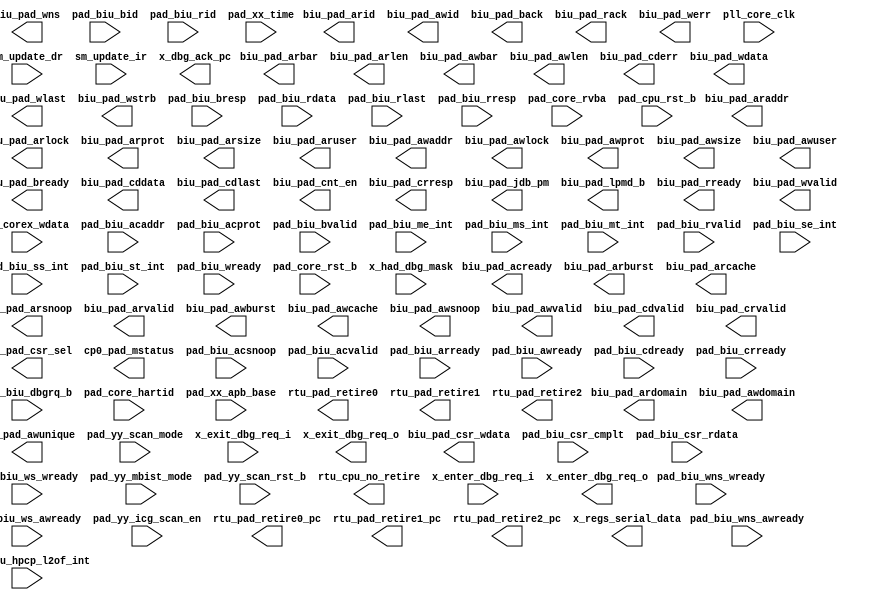
/*Copyright 2019-2021 T-Head Semiconductor Co., Ltd.

Licensed under the Apache License, Version 2.0 (the "License");
you may not use this file except in compliance with the License.
You may obtain a copy of the License at

    http://www.apache.org/licenses/LICENSE-2.0

Unless required by applicable law or agreed to in writing, software
distributed under the License is distributed on an "AS IS" BASIS,
WITHOUT WARRANTIES OR CONDITIONS OF ANY KIND, either express or implied.
See the License for the specific language governing permissions and
limitations under the License.
*/
module top_golden_port(
  biu_pad_acready,
  biu_pad_araddr,
  biu_pad_arbar,
  biu_pad_arburst,
  biu_pad_arcache,
  biu_pad_ardomain,
  biu_pad_arid,
  biu_pad_arlen,
  biu_pad_arlock,
  biu_pad_arprot,
  biu_pad_arsize,
  biu_pad_arsnoop,
  biu_pad_aruser,
  biu_pad_arvalid,
  biu_pad_awaddr,
  biu_pad_awbar,
  biu_pad_awburst,
  biu_pad_awcache,
  biu_pad_awdomain,
  biu_pad_awid,
  biu_pad_awlen,
  biu_pad_awlock,
  biu_pad_awprot,
  biu_pad_awsize,
  biu_pad_awsnoop,
  biu_pad_awunique,
  biu_pad_awuser,
  biu_pad_awvalid,
  biu_pad_back,
  biu_pad_bready,
  biu_pad_cddata,
  biu_pad_cderr,
  biu_pad_cdlast,
  biu_pad_cdvalid,
  biu_pad_cnt_en,
  biu_pad_crresp,
  biu_pad_crvalid,
  biu_pad_csr_sel,
  biu_pad_csr_wdata,
  biu_pad_jdb_pm,
  biu_pad_lpmd_b,
  biu_pad_rack,
  biu_pad_rready,
  biu_pad_wdata,
  biu_pad_werr,
  biu_pad_wlast,
  biu_pad_wns,
  biu_pad_wstrb,
  biu_pad_wvalid,
  cp0_pad_mstatus,
  ir_corex_wdata,
  pad_biu_acaddr,
  pad_biu_acprot,
  pad_biu_acsnoop,
  pad_biu_acvalid,
  pad_biu_arready,
  pad_biu_awready,
  pad_biu_bid,
  pad_biu_bresp,
  pad_biu_bvalid,
  pad_biu_cdready,
  pad_biu_crready,
  pad_biu_csr_cmplt,
  pad_biu_csr_rdata,
  pad_biu_dbgrq_b,
  pad_biu_hpcp_l2of_int,
  pad_biu_me_int,
  pad_biu_ms_int,
  pad_biu_mt_int,
  pad_biu_rdata,
  pad_biu_rid,
  pad_biu_rlast,
  pad_biu_rresp,
  pad_biu_rvalid,
  pad_biu_se_int,
  pad_biu_ss_int,
  pad_biu_st_int,
  pad_biu_wns_awready,
  pad_biu_wns_wready,
  pad_biu_wready,
  pad_biu_ws_awready,
  pad_biu_ws_wready,
  pad_core_hartid,
  pad_core_rst_b,
  pad_core_rvba,
  pad_cpu_rst_b,
  pad_xx_apb_base,
  pad_xx_time,
  pad_yy_icg_scan_en,
  pad_yy_mbist_mode,
  pad_yy_scan_mode,
  pad_yy_scan_rst_b,
  pll_core_clk,
  rtu_cpu_no_retire,
  rtu_pad_retire0,
  rtu_pad_retire0_pc,
  rtu_pad_retire1,
  rtu_pad_retire1_pc,
  rtu_pad_retire2,
  rtu_pad_retire2_pc,
  sm_update_dr,
  sm_update_ir,
  x_dbg_ack_pc,
  x_enter_dbg_req_i,
  x_enter_dbg_req_o,
  x_exit_dbg_req_i,
  x_exit_dbg_req_o,
  x_had_dbg_mask,
  x_regs_serial_data
);

// &Ports; @3
input   [63 :0]  ir_corex_wdata; 
input   [39 :0]  pad_biu_acaddr; 
input   [2  :0]  pad_biu_acprot; 
input   [3  :0]  pad_biu_acsnoop; 
input            pad_biu_acvalid; 
input            pad_biu_arready; 
input            pad_biu_awready; 
input   [4  :0]  pad_biu_bid; 
input   [1  :0]  pad_biu_bresp; 
input            pad_biu_bvalid; 
input            pad_biu_cdready; 
input            pad_biu_crready; 
input            pad_biu_csr_cmplt; 
input   [127:0]  pad_biu_csr_rdata; 
input            pad_biu_dbgrq_b; 
input   [3  :0]  pad_biu_hpcp_l2of_int; 
input            pad_biu_me_int; 
input            pad_biu_ms_int; 
input            pad_biu_mt_int; 
input   [127:0]  pad_biu_rdata; 
input   [4  :0]  pad_biu_rid; 
input            pad_biu_rlast; 
input   [3  :0]  pad_biu_rresp; 
input            pad_biu_rvalid; 
input            pad_biu_se_int; 
input            pad_biu_ss_int; 
input            pad_biu_st_int; 
input            pad_biu_wns_awready; 
input            pad_biu_wns_wready; 
input            pad_biu_wready; 
input            pad_biu_ws_awready; 
input            pad_biu_ws_wready; 
input   [2  :0]  pad_core_hartid; 
input            pad_core_rst_b; 
input   [39 :0]  pad_core_rvba; 
input            pad_cpu_rst_b; 
input   [39 :0]  pad_xx_apb_base; 
input   [63 :0]  pad_xx_time; 
input            pad_yy_icg_scan_en; 
input            pad_yy_mbist_mode; 
input            pad_yy_scan_mode; 
input            pad_yy_scan_rst_b; 
input            pll_core_clk; 
input            sm_update_dr; 
input            sm_update_ir; 
input            x_enter_dbg_req_i; 
input            x_exit_dbg_req_i; 
input            x_had_dbg_mask; 
output           biu_pad_acready; 
output  [39 :0]  biu_pad_araddr; 
output  [1  :0]  biu_pad_arbar; 
output  [1  :0]  biu_pad_arburst; 
output  [3  :0]  biu_pad_arcache; 
output  [1  :0]  biu_pad_ardomain; 
output  [4  :0]  biu_pad_arid; 
output  [1  :0]  biu_pad_arlen; 
output           biu_pad_arlock; 
output  [2  :0]  biu_pad_arprot; 
output  [2  :0]  biu_pad_arsize; 
output  [3  :0]  biu_pad_arsnoop; 
output  [2  :0]  biu_pad_aruser; 
output           biu_pad_arvalid; 
output  [39 :0]  biu_pad_awaddr; 
output  [1  :0]  biu_pad_awbar; 
output  [1  :0]  biu_pad_awburst; 
output  [3  :0]  biu_pad_awcache; 
output  [1  :0]  biu_pad_awdomain; 
output  [4  :0]  biu_pad_awid; 
output  [1  :0]  biu_pad_awlen; 
output           biu_pad_awlock; 
output  [2  :0]  biu_pad_awprot; 
output  [2  :0]  biu_pad_awsize; 
output  [2  :0]  biu_pad_awsnoop; 
output           biu_pad_awunique; 
output           biu_pad_awuser; 
output           biu_pad_awvalid; 
output           biu_pad_back; 
output           biu_pad_bready; 
output  [127:0]  biu_pad_cddata; 
output           biu_pad_cderr; 
output           biu_pad_cdlast; 
output           biu_pad_cdvalid; 
output  [3  :0]  biu_pad_cnt_en; 
output  [4  :0]  biu_pad_crresp; 
output           biu_pad_crvalid; 
output           biu_pad_csr_sel; 
output  [79 :0]  biu_pad_csr_wdata; 
output           biu_pad_jdb_pm; 
output           biu_pad_lpmd_b; 
output           biu_pad_rack; 
output           biu_pad_rready; 
output  [127:0]  biu_pad_wdata; 
output           biu_pad_werr; 
output           biu_pad_wlast; 
output           biu_pad_wns; 
output  [15 :0]  biu_pad_wstrb; 
output           biu_pad_wvalid; 
output  [63 :0]  cp0_pad_mstatus; 
output           rtu_cpu_no_retire; 
output           rtu_pad_retire0; 
output  [39 :0]  rtu_pad_retire0_pc; 
output           rtu_pad_retire1; 
output  [39 :0]  rtu_pad_retire1_pc; 
output           rtu_pad_retire2; 
output  [39 :0]  rtu_pad_retire2_pc; 
output           x_dbg_ack_pc; 
output           x_enter_dbg_req_o; 
output           x_exit_dbg_req_o; 
output  [63 :0]  x_regs_serial_data; 


parameter AXWIDTH = 71;
parameter WWIDTH  = 147;
parameter CRWIDTH = 5;
parameter CDWIDTH = 130;
parameter RWIDTH  = 138;
parameter ACWIDTH = 47;
parameter BWIDTH  = 7;

// &Force("output", "sync_biu_pad_arvalid");  @14
// &Force("output", "sync_biu_pad_awvalid"); @15
// &Force("output", "sync_biu_pad_wvalid"); @16
// &Force("output", "sync_biu_pad_crvalid"); @17
// &Force("output", "sync_biu_pad_cdvalid");  @18
// &Force("output", "sync_biu_pad_rack");  @19
// &Force("output", "sync_biu_pad_back");  @20
// &Force("output", "sync_biu_pad_arbus");    &Force("bus", "sync_biu_pad_arbus", AXWIDTH,0);  @22
// &Force("output", "sync_biu_pad_arbus");    &Force("bus", "sync_biu_pad_arbus", AXWIDTH-1,0);  @24
// &Force("output", "sync_biu_pad_awbus");    &Force("bus", "sync_biu_pad_awbus", AXWIDTH-1,0); @26
// &Force("output", "sync_biu_pad_wbus");     &Force("bus", "sync_biu_pad_wbus",  WWIDTH-1,0); @27
// &Force("output", "sync_biu_pad_crbus");    &Force("bus", "sync_biu_pad_crbus", CRWIDTH-1,0); @28
// &Force("output", "sync_biu_pad_cdbus");    &Force("bus", "sync_biu_pad_cdbus", CDWIDTH-1,0); @29
// &Force("input", "sync_pad_biu_rvalid"); @31
// &Force("input", "sync_pad_biu_bvalid"); @32
// &Force("input", "sync_pad_biu_acvalid"); @33
// &Force("input", "sync_pad_biu_rbus");       &Force("bus", "sync_pad_biu_rbus",  RWIDTH-1,0);  @34
// &Force("input", "sync_pad_biu_acbus");      &Force("bus", "sync_pad_biu_acbus", ACWIDTH-1,0); @35
// &Force("input", "sync_pad_biu_bbus");       &Force("bus", "sync_pad_biu_bbus",  BWIDTH-1,0); @36
// &Force("input", "sync_pad_biu_cdready");  @38
// &Force("input", "sync_pad_biu_crready"); @39
// &Force("input", "sync_pad_biu_arready"); @40
// &Force("input", "sync_pad_biu_awready"); @41
// &Force("input", "sync_pad_biu_wready"); @42
// &Force("input",  "sync_pad_biu_wns_awready"); @43
// &Force("input",  "sync_pad_biu_wns_wready"); @44
// &Force("input",  "sync_pad_biu_ws_awready"); @45
// &Force("input",  "sync_pad_biu_ws_wready"); @46
// &Force("output", "sync_biu_pad_acready");  @47
// &Force("output", "sync_biu_pad_rready");  @48
// &Force("output", "sync_biu_pad_bready");  @49
// &Force("input",  "async_pad_biu_ar_rptr_gray");  &Force("bus", "async_pad_biu_ar_rptr_gray", 2,0); @51
// &Force("output", "async_biu_pad_ar_wptr_gray");  &Force("bus", "async_biu_pad_ar_wptr_gray",2,0); @52
// &Force("output", "async_biu_pad_arbus_0");       &Force("bus", "async_biu_pad_arbus_0", AXWIDTH,0);  @54
// &Force("output", "async_biu_pad_arbus_1");       &Force("bus", "async_biu_pad_arbus_1", AXWIDTH,0); @55
// &Force("output", "async_biu_pad_arbus_2");       &Force("bus", "async_biu_pad_arbus_2", AXWIDTH,0); @56
// &Force("output", "async_biu_pad_arbus_3");       &Force("bus", "async_biu_pad_arbus_3", AXWIDTH,0); @57
// &Force("output", "async_biu_pad_arbus_0");       &Force("bus", "async_biu_pad_arbus_0", AXWIDTH-1,0);  @59
// &Force("output", "async_biu_pad_arbus_1");       &Force("bus", "async_biu_pad_arbus_1", AXWIDTH-1,0); @60
// &Force("output", "async_biu_pad_arbus_2");       &Force("bus", "async_biu_pad_arbus_2", AXWIDTH-1,0); @61
// &Force("output", "async_biu_pad_arbus_3");       &Force("bus", "async_biu_pad_arbus_3", AXWIDTH-1,0); @62
// &Force("input",  "async_pad_biu_rbus_0");        &Force("bus", "async_pad_biu_rbus_0", RWIDTH-1,0); @64
// &Force("input",  "async_pad_biu_rbus_1");        &Force("bus", "async_pad_biu_rbus_1", RWIDTH-1,0); @65
// &Force("input",  "async_pad_biu_rbus_2");        &Force("bus", "async_pad_biu_rbus_2", RWIDTH-1,0); @66
// &Force("input",  "async_pad_biu_rbus_3");        &Force("bus", "async_pad_biu_rbus_3", RWIDTH-1,0);  @67
// &Force("input",  "async_pad_biu_r_wptr_gray");   &Force("bus", "async_pad_biu_r_wptr_gray", 2,0);   @68
// &Force("output", "async_biu_pad_r_rptr_gray");   &Force("bus", "async_biu_pad_r_rptr_gray", 2,0); @69
// &Force("input",  "async_pad_biu_wns_aw_rptr_gray");  @71
// &Force("output", "async_biu_pad_wns_aw_wptr_gray");  @72
// &Force("output", "async_biu_pad_wns_awbus_0");      &Force("bus", "async_biu_pad_wns_awbus_0",AXWIDTH-1,0); @73
// &Force("input",  "async_pad_biu_ws_aw_rptr_gray");   @75
// &Force("output", "async_biu_pad_ws_aw_wptr_gray");   @76
// &Force("output", "async_biu_pad_ws_awbus_0");       &Force("bus", "async_biu_pad_ws_awbus_0",AXWIDTH-1,0);  @77
// &Force("input",  "async_pad_biu_wns_w_rptr_gray");  &Force("bus", "async_pad_biu_wns_w_rptr_gray", 2,0);  @79
// &Force("output", "async_biu_pad_wns_w_wptr_gray");  &Force("bus", "async_biu_pad_wns_w_wptr_gray", 2,0);  @80
// &Force("output", "async_biu_pad_wns_wbus_0");       &Force("bus", "async_biu_pad_wns_wbus_0",WWIDTH-1,0); @81
// &Force("output", "async_biu_pad_wns_wbus_1");       &Force("bus", "async_biu_pad_wns_wbus_1",WWIDTH-1,0); @82
// &Force("output", "async_biu_pad_wns_wbus_2");       &Force("bus", "async_biu_pad_wns_wbus_2",WWIDTH-1,0); @83
// &Force("output", "async_biu_pad_wns_wbus_3");       &Force("bus", "async_biu_pad_wns_wbus_3",WWIDTH-1,0); @84
// &Force("input",  "async_pad_biu_ws_w_rptr_gray");  &Force("bus", "async_pad_biu_ws_w_rptr_gray", 2,0);  @86
// &Force("output", "async_biu_pad_ws_w_wptr_gray");  &Force("bus", "async_biu_pad_ws_w_wptr_gray", 2,0);  @87
// &Force("output", "async_biu_pad_ws_wbus_0");       &Force("bus", "async_biu_pad_ws_wbus_0",WWIDTH-1,0); @88
// &Force("output", "async_biu_pad_ws_wbus_1");       &Force("bus", "async_biu_pad_ws_wbus_1",WWIDTH-1,0); @89
// &Force("output", "async_biu_pad_ws_wbus_2");       &Force("bus", "async_biu_pad_ws_wbus_2",WWIDTH-1,0); @90
// &Force("output", "async_biu_pad_ws_wbus_3");       &Force("bus", "async_biu_pad_ws_wbus_3",WWIDTH-1,0); @91
// &Force("output","async_biu_pad_b_rptr_gray");      &Force("bus", "async_biu_pad_b_rptr_gray",2,0); @93
// &Force("input", "async_pad_biu_b_wptr_gray");      &Force("bus", "async_pad_biu_b_wptr_gray",2,0)       @94
// &Force("input", "async_pad_biu_bbus_0");           &Force("bus", "async_pad_biu_bbus_0",BWIDTH-1,0);   @95
// &Force("input", "async_pad_biu_bbus_1");           &Force("bus", "async_pad_biu_bbus_1",BWIDTH-1,0);  @96
// &Force("input", "async_pad_biu_bbus_2");           &Force("bus", "async_pad_biu_bbus_2",BWIDTH-1,0);  @97
// &Force("input", "async_pad_biu_bbus_3");           &Force("bus", "async_pad_biu_bbus_3",BWIDTH-1,0);  @98
// &Force("output","async_biu_pad_ac_rptr_gray");     &Force("bus", "async_biu_pad_ac_rptr_gray",2,0); @100
// &Force("input", "async_pad_biu_ac_wptr_gray");     &Force("bus", "async_pad_biu_ac_wptr_gray",2,0)       @101
// &Force("input", "async_pad_biu_acbus_0");          &Force("bus", "async_pad_biu_acbus_0",ACWIDTH-1,0);   @102
// &Force("input", "async_pad_biu_acbus_1");          &Force("bus", "async_pad_biu_acbus_1",ACWIDTH-1,0);  @103
// &Force("input", "async_pad_biu_acbus_2");          &Force("bus", "async_pad_biu_acbus_2",ACWIDTH-1,0);  @104
// &Force("input", "async_pad_biu_acbus_3");          &Force("bus", "async_pad_biu_acbus_3",ACWIDTH-1,0);  @105
// &Force("input",  "async_pad_biu_cr_rptr_gray");  &Force("bus", "async_pad_biu_cr_rptr_gray",2,0); @108
// &Force("output", "async_biu_pad_cr_wptr_gray");  &Force("bus", "async_biu_pad_cr_wptr_gray",2,0); @109
// &Force("output", "async_biu_pad_crbus_0");       &Force("bus", "async_biu_pad_crbus_0", CRWIDTH-1,0);  @110
// &Force("output", "async_biu_pad_crbus_1");       &Force("bus", "async_biu_pad_crbus_1", CRWIDTH-1,0); @111
// &Force("output", "async_biu_pad_crbus_2");       &Force("bus", "async_biu_pad_crbus_2", CRWIDTH-1,0); @112
// &Force("output", "async_biu_pad_crbus_3");       &Force("bus", "async_biu_pad_crbus_3", CRWIDTH-1,0); @113
// &Force("input",  "async_pad_biu_cd_rptr_gray");  &Force("bus", "async_pad_biu_cd_rptr_gray",2,0); @115
// &Force("output", "async_biu_pad_cd_wptr_gray");  &Force("bus", "async_biu_pad_cd_wptr_gray",2,0); @116
// &Force("output", "async_biu_pad_cdbus_0");       &Force("bus", "async_biu_pad_cdbus_0", CDWIDTH-1,0);  @117
// &Force("output", "async_biu_pad_cdbus_1");       &Force("bus", "async_biu_pad_cdbus_1", CDWIDTH-1,0); @118
// &Force("output", "async_biu_pad_cdbus_2");       &Force("bus", "async_biu_pad_cdbus_2", CDWIDTH-1,0); @119
// &Force("output", "async_biu_pad_cdbus_3");       &Force("bus", "async_biu_pad_cdbus_3", CDWIDTH-1,0); @120
// &Force("input",  "async_pad_biu_rack_rptr_gray");  &Force("bus", "async_pad_biu_rack_rptr_gray",2,0); @122
// &Force("output", "async_biu_pad_rack_wptr_gray");  &Force("bus", "async_biu_pad_rack_wptr_gray",2,0); @123
// &Force("input",  "async_pad_biu_back_rptr_gray");  &Force("bus", "async_pad_biu_back_rptr_gray",2,0); @125
// &Force("output", "async_biu_pad_back_wptr_gray");  &Force("bus", "async_biu_pad_back_wptr_gray",2,0); @126
// &Force("output", "biu_pad_arvalid");                 @128
// &Force("output", "biu_pad_araddr");                 &Force("bus","biu_pad_araddr",39,0);             @129
// &Force("output", "biu_pad_arburst");                &Force("bus","biu_pad_arburst",1,0);             @130
// &Force("output", "biu_pad_arcache");                &Force("bus","biu_pad_arcache",3,0); @131
// &Force("output", "biu_pad_arid");                   &Force("bus","biu_pad_arid",4,0); @132
// &Force("output", "biu_pad_arlen");                  &Force("bus","biu_pad_arlen",1,0); @133
// &Force("output", "biu_pad_arlock");                  @134
// &Force("output", "biu_pad_arprot");                 &Force("bus","biu_pad_arprot",2,0); @135
// &Force("output", "biu_pad_arsize");                 &Force("bus","biu_pad_arsize",2,0); @136
// &Force("output", "biu_pad_arbar");                  &Force("bus","biu_pad_arbar",1,0); @137
// &Force("output", "biu_pad_ardomain");               &Force("bus","biu_pad_ardomain",1,0); @138
// &Force("output", "biu_pad_arsnoop");                &Force("bus","biu_pad_arsnoop",3,0); @139
// &Force("output", "biu_pad_aruser");                 &Force("bus","biu_pad_aruser",2,0); @140
// &Force("input",  "pad_biu_arready");                 @141
// &Force("output", "biu_pad_ref_pfu_ar_sel");  @143

// &Force("input",  "pad_biu_rvalid");                  @146
// &Force("input",  "pad_biu_rdata");                  &Force("bus","pad_biu_rdata",127,0);    @147
// &Force("input",  "pad_biu_rresp");                  &Force("bus","pad_biu_rresp",3,0);   @148
// &Force("input",  "pad_biu_rid");                    &Force("bus","pad_biu_rid",4,0);                  @149
// &Force("input",  "pad_biu_rlast");                                      @150
// &Force("output", "biu_pad_rready");                  @151

// &Force("output", "biu_pad_awvalid");                 @153
// &Force("output", "biu_pad_awaddr");                 &Force("bus","biu_pad_awaddr",39,0); @154
// &Force("output", "biu_pad_awburst");                &Force("bus","biu_pad_awburst",1,0); @155
// &Force("output", "biu_pad_awcache");                &Force("bus","biu_pad_awcache",3,0); @156
// &Force("output", "biu_pad_awid");                   &Force("bus","biu_pad_awid",4,0); @157
// &Force("output", "biu_pad_awlen");                  &Force("bus","biu_pad_awlen",1,0); @158
// &Force("output", "biu_pad_awlock");                  @159
// &Force("output", "biu_pad_awprot");                 &Force("bus","biu_pad_awprot",2,0); @160
// &Force("output", "biu_pad_awsize");                 &Force("bus","biu_pad_awsize",2,0); @161
// &Force("output", "biu_pad_awbar");                  &Force("bus","biu_pad_awbar",1,0); @162
// &Force("output", "biu_pad_awdomain");               &Force("bus","biu_pad_awdomain",1,0); @163
// &Force("output", "biu_pad_awsnoop");                &Force("bus","biu_pad_awsnoop",2,0); @164
// &Force("output", "biu_pad_awuser");                  @165
// &Force("output", "biu_pad_awunique");                  @166
// &Force("input",  "pad_biu_awready");                 @167
// &Force("input",  "pad_biu_wns_awready");                 @168
// &Force("input",  "pad_biu_ws_awready");                 @169

// &Force("output", "biu_pad_wvalid");    @171
// &Force("output", "biu_pad_wdata");                  &Force("bus","biu_pad_wdata",127,0); @172
// &Force("output", "biu_pad_wlast");                   @173
// &Force("output", "biu_pad_werr");                   @174
// &Force("output", "biu_pad_wns");                   @175
// &Force("output", "biu_pad_wstrb");                  &Force("bus","biu_pad_wstrb",15,0); @176
// &Force("input",  "pad_biu_wready"); @177
// &Force("input",  "pad_biu_wns_wready");                 @178
// &Force("input",  "pad_biu_ws_wready");                 @179
              
// &Force("input",  "pad_biu_bvalid");                  @181
// &Force("input",  "pad_biu_bid");                    &Force("bus","pad_biu_bid",4,0); @182
// &Force("input",  "pad_biu_bresp");                  &Force("bus","pad_biu_bresp", 1,0); @183
// &Force("output", "biu_pad_bready");                              @184

// &Force("input",  "pad_biu_acvalid"); @186
// &Force("input",  "pad_biu_acaddr");                 &Force("bus","pad_biu_acaddr",39,0); @187
// &Force("input",  "pad_biu_acprot");                 &Force("bus","pad_biu_acprot",2,0); @188
// &Force("input",  "pad_biu_acsnoop");                &Force("bus","pad_biu_acsnoop",3,0); @189
// &Force("output", "biu_pad_acready"); @190

// &Force("output", "biu_pad_crvalid"); @192
// &Force("output", "biu_pad_crresp");                 &Force("bus","biu_pad_crresp",4,0); @193
// &Force("input",  "pad_biu_crready"); @194

// &Force("output", "biu_pad_cdvalid");  @196
// &Force("output", "biu_pad_cddata");                 &Force("bus","biu_pad_cddata",127,0); @197
// &Force("output", "biu_pad_cdlast");  @198
// &Force("output", "biu_pad_cderr");  @199
// &Force("input",  "pad_biu_cdready"); @200

// &Force("output", "biu_pad_rack");  @202
// &Force("output", "biu_pad_back");  @203

// &Force("output", "biu_pad_csr_sel"); @206
// &Force("output", "biu_pad_csr_wdata");  &Force("bus", "biu_pad_csr_wdata", 79,0); @207
// &Force("input",  "pad_biu_csr_cmplt"); @208
// &Force("input",  "pad_biu_csr_rdata");  &Force("bus", "pad_biu_csr_rdata",127,0); @209

// &Force("output", "biu_pad_cnt_en");     &Force("bus", "biu_pad_cnt_en",3,0); @211
// &Force("output", "biu_pad_jdb_pm"); @212
// &Force("output", "biu_pad_lpmd_b"); @213

// &Force("input", "pad_biu_hpcp_l2of_int"); &Force("bus", "pad_biu_hpcp_l2of_int",3,0); @215
// &Force("input", "pad_biu_dbgrq_b"); @216
// &Force("input", "pad_biu_me_int");  @217
// &Force("input", "pad_biu_ms_int"); @218
// &Force("input", "pad_biu_mt_int"); @219
// &Force("input", "pad_biu_se_int"); @220
// &Force("input", "pad_biu_ss_int"); @221
// &Force("input", "pad_biu_st_int"); @222

// &Force("input", "pll_core_clk"); @224
// &Force("input", "pad_cpu_rst_b"); @225
// &Force("input", "pad_core_rst_b"); @226
// &Force("input", "pad_core_hartid");      &Force("bus", "pad_core_hartid",2,0); @227
// &Force("input", "pad_core_rvba");        &Force("bus", "pad_core_rvba",39,0); @228
// &Force("input", "pad_xx_apb_base");      &Force("bus", "pad_xx_apb_base",39,0); @229
// &Force("input", "pad_xx_time");          &Force("bus", "pad_xx_time", 63,0); @230
// &Force("input", "pad_yy_icg_scan_en"); @231
// &Force("input", "pad_yy_mbist_mode"); @232
// &Force("input", "pad_yy_scan_mode"); @233
// &Force("input", "pad_yy_scan_rst_b"); @234

// &Force("output", "rtu_pad_retire0"); @236
// &Force("output", "rtu_pad_retire0_pc");  &Force("bus", "rtu_pad_retire0_pc",39,0); @237
// &Force("output", "rtu_pad_retire1"); @238
// &Force("output", "rtu_pad_retire1_pc");  &Force("bus", "rtu_pad_retire1_pc",39,0); @239
// &Force("output", "rtu_pad_retire2"); @240
// &Force("output", "rtu_pad_retire2_pc");  &Force("bus", "rtu_pad_retire2_pc",39,0); @241
// &Force("output", "cp0_pad_mstatus");     &Force("bus","cp0_pad_mstatus",63,0); @242

//==========================================================
//                           HAD
//==========================================================
// &Force("input", "sm_update_dr"); @247
// &Force("input", "sm_update_ir"); @248
// &Force("input", "ir_corex_wdata"); &Force("bus", "ir_corex_wdata", 63, 0); @249
// &Force("output", "x_regs_serial_data"); &Force("bus", "x_regs_serial_data", 63, 0); @250

// &Force("input", "x_enter_dbg_req_i"); @252
// &Force("input", "x_exit_dbg_req_i"); @253
// &Force("output", "x_enter_dbg_req_o"); @254
// &Force("output", "x_exit_dbg_req_o"); @255
// &Force("output", "x_enter_dbg_req_i_ack"); @257
// &Force("output", "x_exit_dbg_req_i_ack"); @258
// &Force("input", "x_enter_dbg_req_o_ack"); @259
// &Force("input", "x_exit_dbg_req_o_ack"); @260

// &Force("output", "x_dbg_ack_pc"); @263
// &Force("input", "x_dbg_ack_pc_ack"); @265

// &Force("input", "x_had_dbg_mask"); @268

// &Force("input", "had_xx_ree_dbg_disable");  &Force("bus", "had_xx_ree_dbg_disable", 7, 0); @271
// &Force("input", "had_xx_tee_dbg_disable");  &Force("bus", "had_xx_tee_dbg_disable", 7, 0); @272
// &Force("output","biu_pad_tee_violation"); @273
// &Force("output","biu_pad_par_violation");   &Force("bus", "biu_pad_par_violation", 4, 0); @274

// &Force("input","mem_cfg_in");    &Force("bus", "mem_cfg_in",`MEM_CFG_IN_WIDTH-1,0); @278

// &Force("input", "pad_core_sleep_in"); @282
// &Force("output","core_pad_sleep_out"); @283

// &Force("input", "pad_core_async_mode"); @287

// &Force("input",  "pad_biu_psel"); @291
// &Force("input",  "pad_biu_pwdata");          &Force("bus", "pad_biu_pwdata",74,0); @292
// &Force("output", "biu_pad_pready"); @293
// &Force("output", "biu_pad_prdata");          &Force("bus", "biu_pad_prdata",32,0); @294

// &Force("output", "idu_pad_dispatch_info"); @298
// &Force("output", "idu_pad_dispatch0_info");       &Force("bus","idu_pad_dispatch0_info",78,0); @299
// &Force("output", "idu_pad_dispatch1_info");       &Force("bus","idu_pad_dispatch1_info",78,0); @300
// &Force("output", "idu_pad_dispatch2_info");       &Force("bus","idu_pad_dispatch2_info",78,0); @301
// &Force("output", "idu_pad_dispatch3_info");       &Force("bus","idu_pad_dispatch3_info",78,0); @302
// &Force("output", "rtu_pad_flush");                 @303
// &Force("output", "rtu_pad_retire0_iid");          &Force("bus","rtu_pad_retire0_iid",6,0); @304
// &Force("output", "rtu_pad_retire1_iid");          &Force("bus","rtu_pad_retire1_iid",6,0); @305
// &Force("output", "rtu_pad_retire2_iid");          &Force("bus","rtu_pad_retire2_iid",6,0); @306
// &Force("output", "rtu_pad_wb0_vld");               @307
// &Force("output", "rtu_pad_wb0_preg");             &Force("bus","rtu_pad_wb0_preg",6,0); @308
// &Force("output", "rtu_pad_wb0_data");             &Force("bus","rtu_pad_wb0_data",63,0); @309
// &Force("output", "rtu_pad_wb0_freg_vld");             @310
// &Force("output", "rtu_pad_wb0_freg");             &Force("bus","rtu_pad_wb0_freg",6,0); @311
// &Force("output", "rtu_pad_wb0_fdata");            &Force("bus","rtu_pad_wb0_fdata",63,0); @312
// &Force("output", "rtu_pad_wb0_vreg_vld");             @313
// &Force("output", "rtu_pad_wb0_vreg");             &Force("bus","rtu_pad_wb0_vreg",6,0); @314
// &Force("output", "rtu_pad_wb0_vdata");            &Force("bus","rtu_pad_wb0_vdata",127,0); @315
// &Force("output", "rtu_pad_wb0_ereg_vld");             @316
// &Force("output", "rtu_pad_wb0_ereg");             &Force("bus","rtu_pad_wb0_ereg",4,0); @317
// &Force("output", "rtu_pad_wb0_edata");            &Force("bus","rtu_pad_wb0_edata",5,0); @318
// &Force("output", "rtu_pad_wb1_vld"); @319
// &Force("output", "rtu_pad_wb1_preg");             &Force("bus","rtu_pad_wb1_preg",6,0); @320
// &Force("output", "rtu_pad_wb1_data");             &Force("bus","rtu_pad_wb1_data",63,0); @321
// &Force("output", "rtu_pad_wb1_freg_vld");             @322
// &Force("output", "rtu_pad_wb1_freg");             &Force("bus","rtu_pad_wb1_freg",6,0); @323
// &Force("output", "rtu_pad_wb1_fdata");            &Force("bus","rtu_pad_wb1_fdata",63,0); @324
// &Force("output", "rtu_pad_wb1_vreg_vld");             @325
// &Force("output", "rtu_pad_wb1_vreg");             &Force("bus","rtu_pad_wb1_vreg",6,0); @326
// &Force("output", "rtu_pad_wb1_vdata");            &Force("bus","rtu_pad_wb1_vdata",127,0); @327
// &Force("output", "rtu_pad_wb1_ereg_vld"); @328
// &Force("output", "rtu_pad_wb1_ereg");             &Force("bus","rtu_pad_wb1_ereg",4,0); @329
// &Force("output", "rtu_pad_wb1_edata");            &Force("bus","rtu_pad_wb1_edata",5,0); @330
// &Force("output", "rtu_pad_wb2_vld"); @331
// &Force("output", "rtu_pad_wb2_preg");             &Force("bus","rtu_pad_wb2_preg",6,0); @332
// &Force("output", "rtu_pad_wb2_data");             &Force("bus","rtu_pad_wb2_data",63,0); @333
// &Force("output", "rtu_pad_wb2_freg_vld");             @334
// &Force("output", "rtu_pad_wb2_freg");             &Force("bus","rtu_pad_wb2_freg",6,0); @335
// &Force("output", "rtu_pad_wb2_fdata");            &Force("bus","rtu_pad_wb2_fdata",63,0); @336
// &Force("output", "rtu_pad_wb2_vreg_vld");             @337
// &Force("output", "rtu_pad_wb2_vreg");             &Force("bus","rtu_pad_wb2_vreg",6,0); @338
// &Force("output", "rtu_pad_wb2_vdata");            &Force("bus","rtu_pad_wb2_vdata",127,0); @339
// &Force("output", "biu_pad_ref_cache_awaddr");     &Force("bus","biu_pad_ref_cache_awaddr",39,0); @340
// &Force("output", "biu_pad_ref_cache_awsize");     &Force("bus","biu_pad_ref_cache_awsize",2,0); @341
// &Force("output", "biu_pad_ref_cache_awvalid");     @342
// &Force("output", "biu_pad_ref_cache_wdata");      &Force("bus","biu_pad_ref_cache_wdata",127,0); @343
// &Force("output", "biu_pad_ref_cache_wstrb");      &Force("bus","biu_pad_ref_cache_wstrb",15,0); @344

// &Force("output", "rtu_cpu_no_retire"); @348

// &ModuleEnd; @351
endmodule